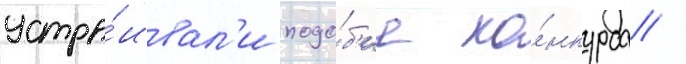
устра́ивал'и подо́б'ие ко́нкурса /